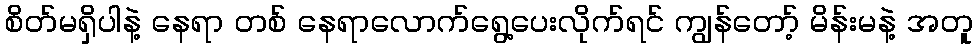
စိတ်မရှိပါနဲ့ နေရာ တစ် နေရာလောက်ရွေ့ပေးလိုက်ရင် ကျွန်တော့် မိန်းမနဲ့ အတူ